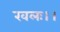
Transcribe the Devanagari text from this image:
खलः।।